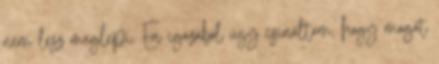
nem lesz meglepi. Én igazából úgy csináltam, hogy magát